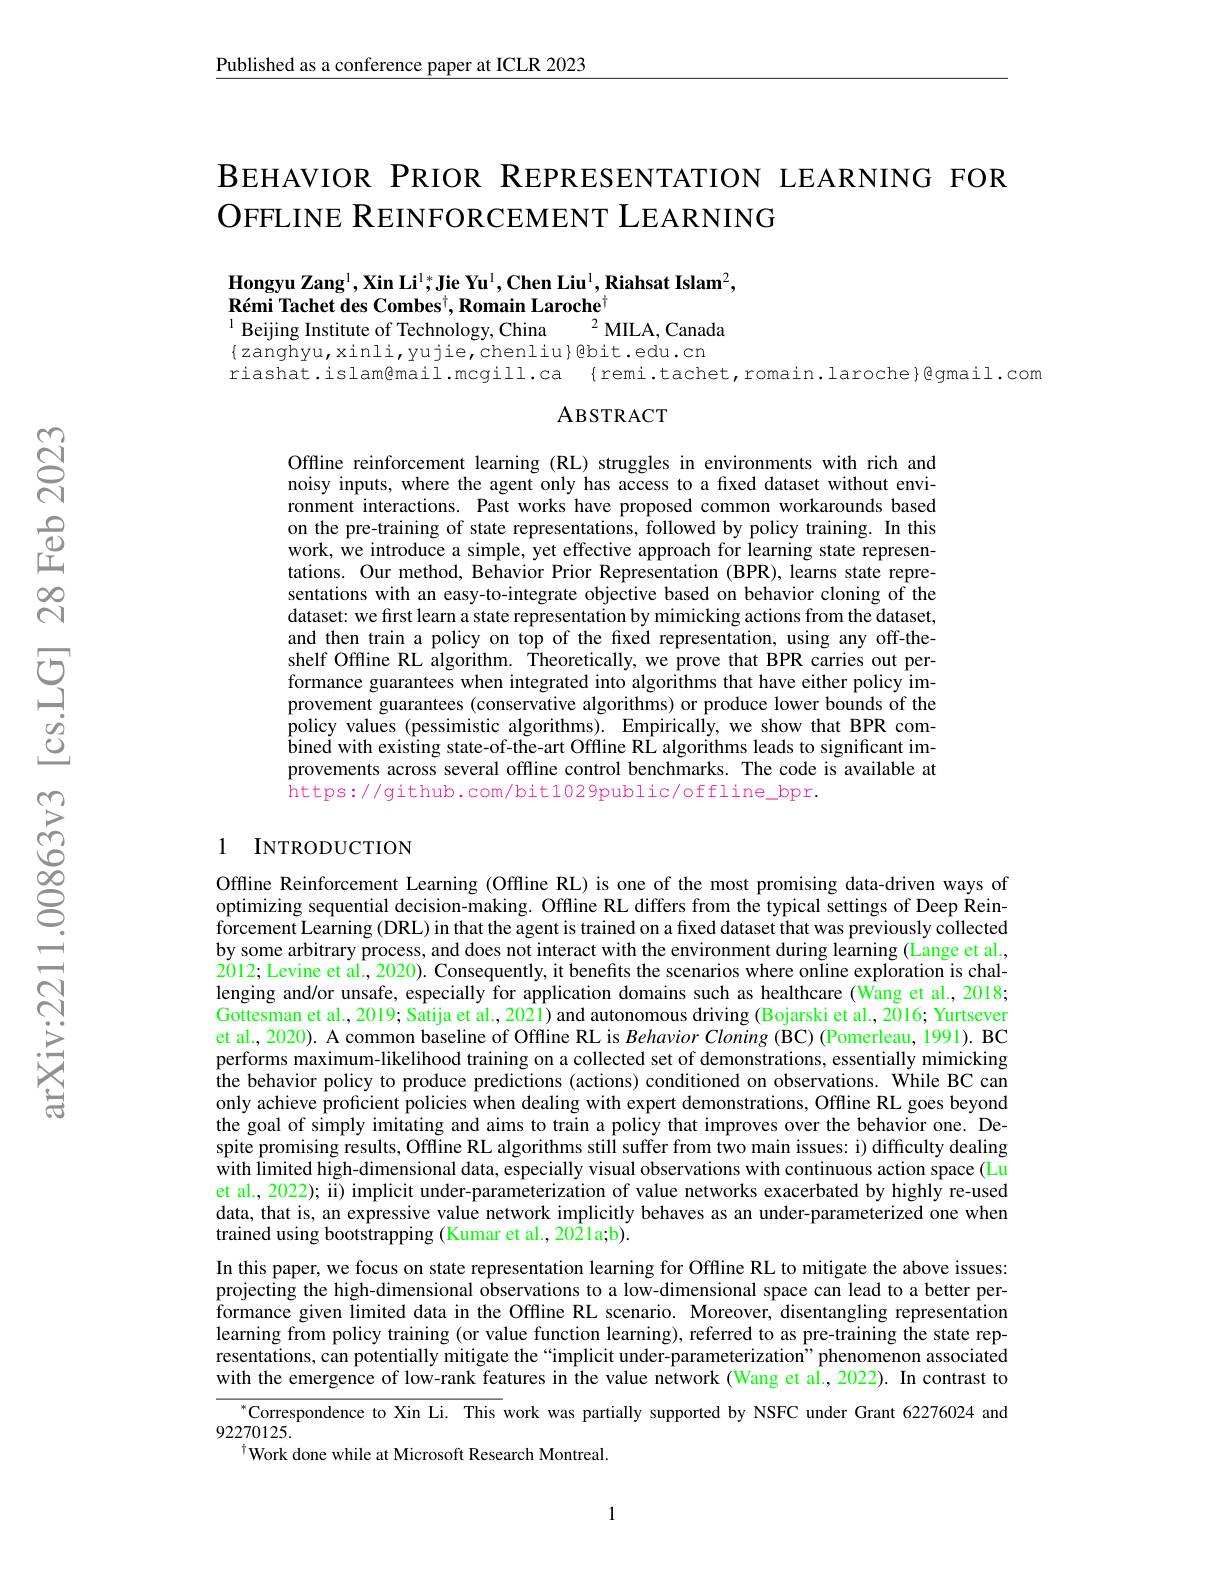
$\underline{\text{Published as a conference paper at ICLR 2023}}$

# BEHAVIOR PRIOR REPRESENTATION LEARNING FOR OFFLINE REINFORCEMENT LEARNING

Hongyu Zang$^1$,Xin Li$^1;$Jie Yu$^1,\textbf{Chen Liu}^1,\textbf{Riahsat Islam}^2$,
Rémi Tachet des Combes$^\dagger,\textbf{Romain Laroche}^\dagger$
$^{2}$MILA, Canada
$^{1}$Beijing Institute of Technology, China

$\{$zanghyu,xinli,yujie,chenliu}@bit.edu.cn
riashat.islam@mail.mcgill.ca{remi.tachet,romain.laroche}@gmail.com

ABSTRACT

Offline reinforcement learning (RL) struggles in environments with rich and noisy inputs, where the agent only has access to a fixed dataset without environment interactions. Past works have proposed common workarounds based on the pre-training of state representations, followed by policy training. In this work, we introduce a simple, yet effective approach for learning state representations. Our method, Behavior Prior Representation (BPR), learns state representations with an easy-to-integrate objective based on behavior cloning of the dataset: we first learn a state representation by mimicking actions from the dataset, and then train a policy on top of the fixed representation, using any off-theshelf Offine RL algorithm. Theoretically, we prove that BPR carries out performance guarantees when integrated into algorithms that have either policy improvement guarantees (conservative algorithms) or produce lower bounds of the policy values (pessimistic algorithms). Empirically, we show that BPR com- $\hat{\text{bined with existing state-of-the-art Offline RL algorithms leads to significant im-}}$ provements across several offline control benchmarks. The code is available at https://github.com/bit1029public/offline_bpr.

### 1 INTRODUCTION

Offline Reinforcement Learning (Offline RL) is one of the most promising data-driven ways of optimizing sequential decision-making. Offline RL differs from the typical settings of Deep Reinforcement Learning (DRL) in that the agent is trained on a fixed dataset that was previously collected by some arbitrary process, and does not interact with the environment during learning (Lange et al, 2012; Levine et al., 2020). Consequently, it benefits the scenarios where online exploration is challenging and/or unsafe, especially for application domains such as healthcare (Wang et al., 2018; Gottesman et al., 2019; Satija et al., 2021) and autonomous driving (Bojarski et al. 2016; Yurtsever et al. 2020). A common baseline of Offline RL is Behavior Cloning (BC) (Pomerleau, 1991). BC performs maximum-likelihood training on a collected set of demonstrations, essentially mimicking the behavior policy to produce predictions (actions) conditioned on observations. While BC can only achieve proficient policies when dealing with expert demonstrations, Offline RL goes beyond the goal of simply imitating and aims to train a policy that improves over the behavior one. Despite promising results, Offine RL algorithms still suffer from two main issues: i) difficulty dealing with limited high-dimensional data, especially visual observations with continuous action space (Lu et al., 2022); ii) implicit under-parameterization of value networks exacerbated by highly re-used data, that is, an expressive value network implicitly behaves as an under-parameterized one when trained using bootstrapping (Kumar et al., 2021a;b).
In this paper, we focus on state representation learning for Offline RL to mitigate the above issues: projecting the high-dimensional observations to a low-dimensional space can lead to a better performance given limited data in the Offline RL scenario. Moreover, disentangling representation learning from policy training (or value function learning), referred to as pre-training the state representations, can potentially mitigate the“implicit under-parameterization”phenomenon associated with the emergence of low-rank features in the value network (Wang et al.,2022). In contrast to
Correspondence to Xin Li. This work was partially supported by NSFC under Grant 62276024 and
92270125.
$^{\dagger}$Work done while at Microsoft Research Montreal.

1